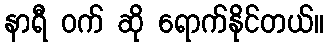
နာရီ ဝက် ဆို ရောက်နိုင်တယ်။